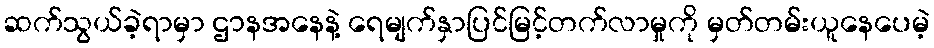
ဆက်သွယ်ခဲ့ရာမှာ ဌာနအနေနဲ့ ရေမျက်နှာပြင်မြင့်တက်လာမှုကို မှတ်တမ်းယူနေပေမဲ့